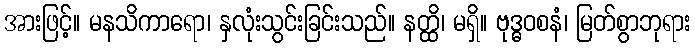
အားဖြင့်။ မနသိကာရော၊ နှလုံးသွင်းခြင်းသည်။ နတ္ထိ၊ မရှိ။ ဗုဒ္ဓဝစနံ၊ မြတ်စွာဘုရား